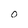
Character: O